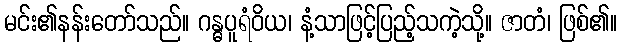
မင်း၏နန်းတော်သည်။ ဂန္ဓပူရံဝိယ၊ နံ့သာဖြင့်ပြည့်သကဲ့သို့။ ဇာတံ၊ ဖြစ်၏။